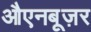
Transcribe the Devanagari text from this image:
औएनबूज़र